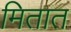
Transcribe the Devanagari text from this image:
मितात